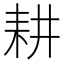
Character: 耕